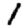
Digit: 1